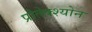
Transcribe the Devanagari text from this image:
प्रोतेक्श्योन